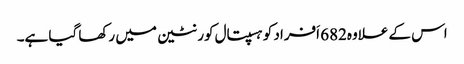
اس کے علاوہ682 اَفراد کو ہسپتال کورنٹین میں رکھا گیا ہے۔